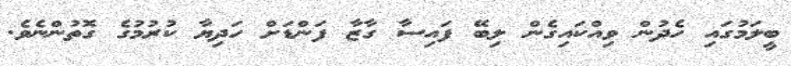
ބީލަމުގައި ހެދުން ވިއްކައިގެން ލިބޭ ފައިސާ ގާޒާ ފަންޑަށް ހަދިޔާ ކުރުމުގެ ގޮތުންނެވެ.